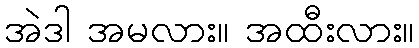
အဲဒါ အမလား။ အထီးလား။